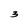
Character: 3